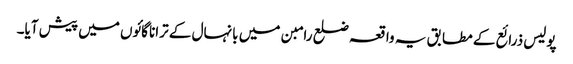
پولیس ذرائع کے مطابق یہ واقعہ ضلع رامبن میں بانہال کے ترانا گائوں میں پیش آیا۔